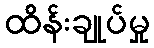
ထိန်းချုပ်မှု